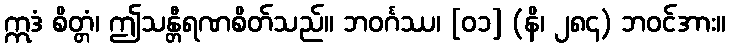
ဣဒံ စိတ္တံ၊ ဤသန္တီရဏစိတ်သည်။ ဘဝင်္ဂဿ၊ [၀၁] (နိ၊ ၂၈၄) ဘဝင်အား။